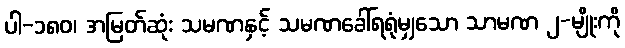
ပါ-၁၈၀၊ အမြတ်ဆုံး သမဏနှင့် သမဏခေါ်ရရုံမျှသော သာမဏ ၂-မျိုးကို